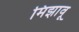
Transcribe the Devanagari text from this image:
मिझावू